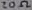
Text: 20Ω